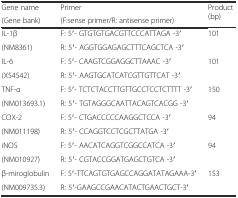
<table><thead><tr><td><b>Gene name</b></td><td><b>Primer</b></td><td rowspan="2"><b>Product (bp)</b></td></tr><tr><td><b>(Gene bank)</b></td><td><b>(F:sense primer/R: antisense primer)</b></td></tr></thead><tbody><tr><td>IL-1β</td><td>F: 5′- GTGTGTGACGTTCCCATTAGA -3′</td><td rowspan="2">101</td></tr><tr><td>(NM8361)</td><td>R: 5′- AGGTGGAGAGCTTTCAGCTCA -3′</td></tr><tr><td>IL-6</td><td>F: 5′- CAAGTCGGAGGCTTAAAC -3′</td><td rowspan="2">101</td></tr><tr><td>(X54542)</td><td>R: 5′- AAGTGCATCATCGTTGTTCAT -3′</td></tr><tr><td>TNF-α</td><td>F: 5′- TCTCTACCTTGTTGCCTCCTCTTTT -3′</td><td rowspan="2">150</td></tr><tr><td>(NM013693.1)</td><td>R: 5′- TGTAGGGCAATTACAGTCACGG -3′</td></tr><tr><td>COX-2</td><td>F: 5′- CTGACCCCCAAGGCTCCA -3′</td><td rowspan="2">94</td></tr><tr><td>(NM011198)</td><td>R: 5′- CCAGGTCCTCGCTTATGA -3′</td></tr><tr><td>iNOS</td><td>F: 5′- AACATCAGGTCGGCCATCA -3′</td><td rowspan="2">94</td></tr><tr><td>(NM010927)</td><td>R: 5′- CGTACCGGATGAGCTGTCA -3′</td></tr><tr><td>β-miroglobulin</td><td>F: 5′-TTCAGTGTGAGCCAGGATATAGAAA-3′</td><td rowspan="2">153</td></tr><tr><td>(NM009735.3)</td><td>R: 5′-GAAGCCGAACATACTGAACTGCT-3′</td></tr></tbody></table>